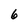
Character: 6